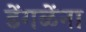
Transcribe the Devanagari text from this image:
डेंगळेंना